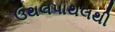
ઉથલપાથલથી